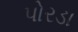
પોરડા